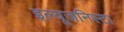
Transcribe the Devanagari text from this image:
इल्‍यूजनिस्‍टा